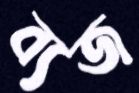
ব্যজ